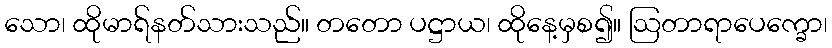
သော၊ ထိုမာရ်နတ်သားသည်။ တတော ပဋ္ဌာယ၊ ထိုနေ့မှစ၍။ ဩတာရာပေက္ခော၊